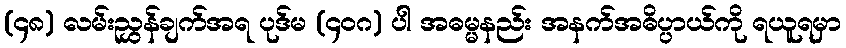
(၄၈) လမ်းညွှန်ချက်အရ ပုဒ်မ (၄၀ဂ) ပါ အဓမ္မနည်း အနက်အဓိပ္ပာယ်ကို ရယူရမှာ